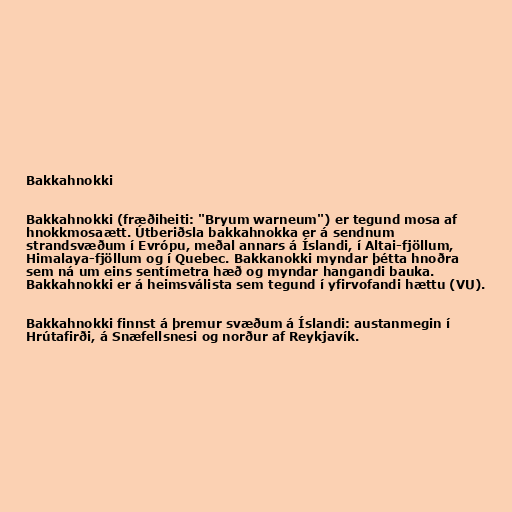
Bakkahnokki

Bakkahnokki (fræðiheiti: "Bryum warneum") er tegund mosa af
hnokkmosaætt. Útberiðsla bakkahnokka er á sendnum
strandsvæðum í Evrópu, meðal annars á Íslandi, í Altai-fjöllum,
Himalaya-fjöllum og í Quebec. Bakkanokki myndar þétta hnoðra
sem ná um eins sentímetra hæð og myndar hangandi bauka.
Bakkahnokki er á heimsválista sem tegund í yfirvofandi hættu (VU).

Bakkahnokki finnst á þremur svæðum á Íslandi: austanmegin í
Hrútafirði, á Snæfellsnesi og norður af Reykjavík.